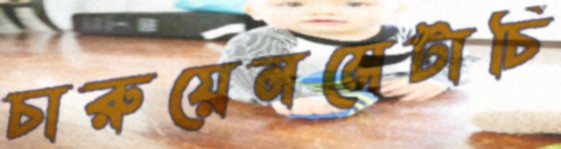
চারুয়েনমেটাচি